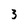
Character: 3